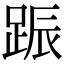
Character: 䟴